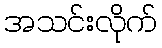
အသင်းလိုက်